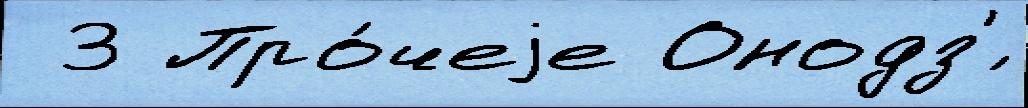
 3 Про́чеjе Онодз'́